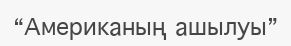
“Американың ашылуы”